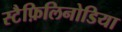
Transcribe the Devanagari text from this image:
स्टैफ़िलिनोडिया